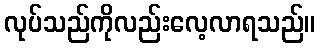
လုပ်သည်ကိုလည်းလေ့လာရသည်။